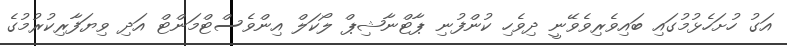
އަގު ހުށަހެޅުމުގައި ބައިވެރިވެވޭނީ ދިވެހި ކުންފުނި ޕާޓްނާޝިޕް ލޯކަލް އިންވެސްޓްމަންޓް އަދި ވިޔަފާރިކުރުމުގެ